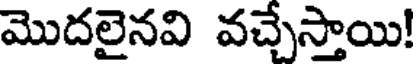
మొదలైనవి వచ్చేస్తాయి!